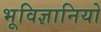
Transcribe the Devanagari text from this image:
भूविज्ञानियो